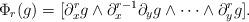
LaTeX: \begin{align*}\Phi_r(g)=[\partial_x^{r}g\wedge\partial_x^{r-1}\partial_yg\wedge\cdots\wedge \partial_y^rg].\end{align*}